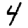
Digit: 4